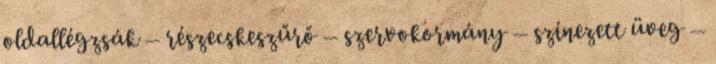
oldallégzsák – részecskeszűrő – szervokormány – színezett üveg –